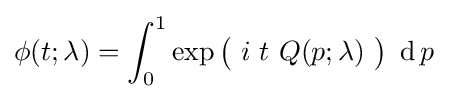
\phi (t;\lambda )=\int _{0}^{1}\exp {\bigl (}\ i\ t\ Q(p;\lambda )\ {\bigr )}\ \operatorname {d} p~